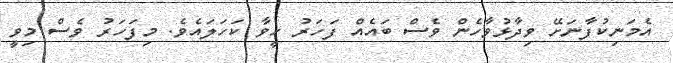
އެމަނިކުފާނަށޭ ވިދާޅުވާހެން ވެސް ބައެއް ފަހަރު ހީވާ ކަހަލައެވެ. މިފަހަރު ވެސް މިވީ